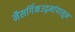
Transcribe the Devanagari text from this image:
नैसर्गिकउद्गमांपासून